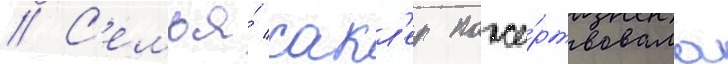
// С'емья́ сакл'ер поже́ртвовала